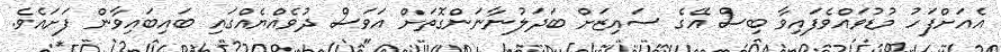
އެއަށްފަހު މުޑުވައްވެފައިވާ ބިސް އޭގެ ސައިޒަށް ބަދަލުނާނަންގޮތަށް އަވަސް ދުވެއްޔެއްގައި ބައިބައިވާން ފަށައެވެ.